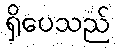
ရှိပေသည်